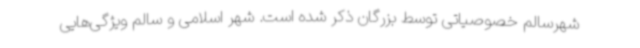
شهرسالم خصوصیاتی توسط بزرگان ذکر شده است. شهر اسلامی و سالم ویژگی‌هایی